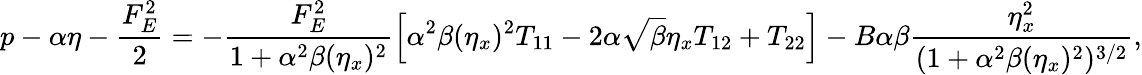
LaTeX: p-\alpha\eta-\frac{F_{E}^{2}}{2}=-\frac{F_{E}^{2}}{1+\alpha^{2}\beta(\eta_{x})^{2}}\Big[\alpha^{2}\beta(\eta_{x})^{2}T_{11}-2\alpha\sqrt{\beta}\eta_{x}T_{12}+T_{22}\Big]-B\alpha\beta\frac{\eta_{x}^{2}}{(1+\alpha^{2}\beta(\eta_{x})^{2})^{3/2}},